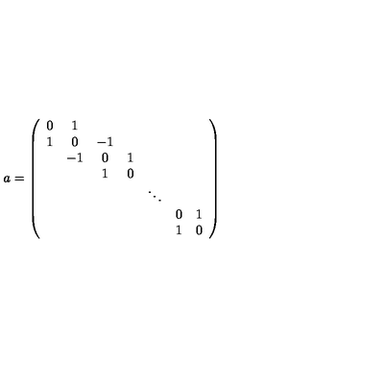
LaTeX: a = \left( \begin{array} { c c c c c c c } { 0 } & { 1 } \\ { 1 } & { 0 } & { - 1 } \\ { } & { - 1 } & { 0 } & { 1 } \\ { } & { } & { 1 } & { 0 } \\ { } & { } & { } & { } & { \ddots } \\ { } & { } & { } & { } & { } & { 0 } & { 1 } \\ { } & { } & { } & { } & { } & { 1 } & { 0 } \\ \end{array} \right)